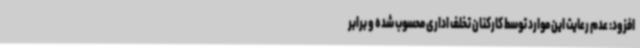
افزود: عدم رعایت این موارد توسط کارکنان تخلف اداری محسوب شده و برابر